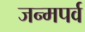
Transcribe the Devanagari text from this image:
जन्मपर्व